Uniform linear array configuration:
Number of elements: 24
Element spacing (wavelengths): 0.75
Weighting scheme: hann
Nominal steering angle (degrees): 30
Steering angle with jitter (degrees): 28.653
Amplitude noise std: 0.05
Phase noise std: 0.05

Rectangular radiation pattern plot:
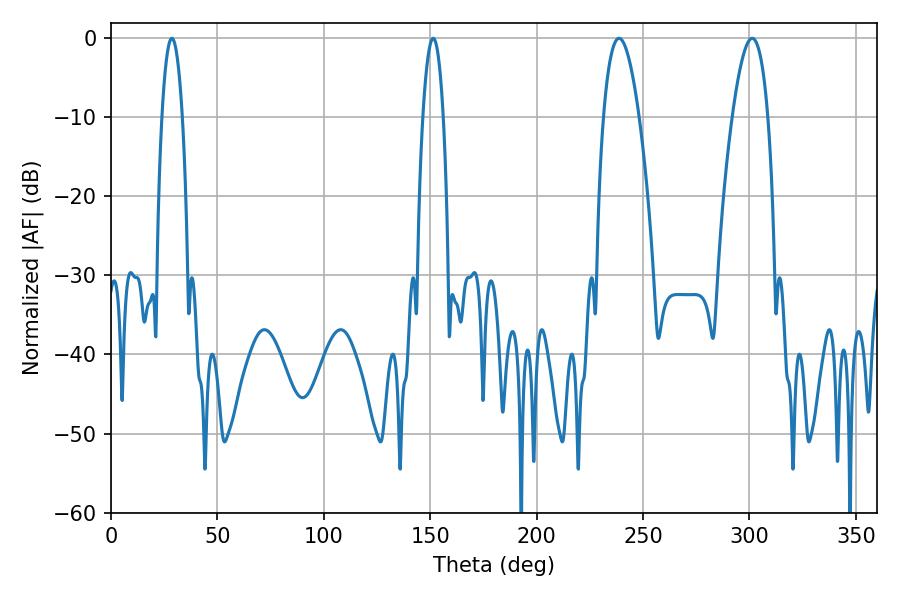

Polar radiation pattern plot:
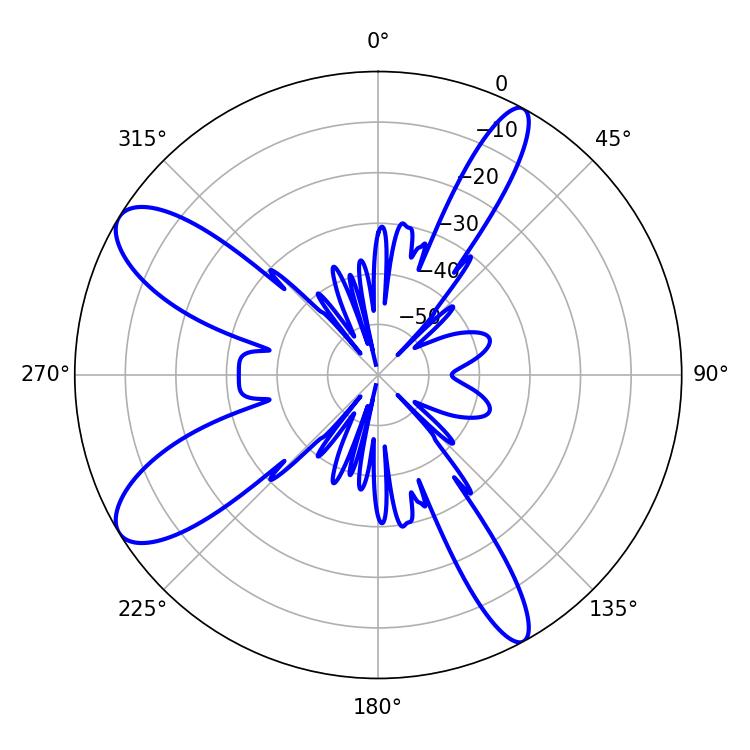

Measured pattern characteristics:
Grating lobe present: TRUE
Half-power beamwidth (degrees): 5.4
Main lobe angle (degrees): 28.62